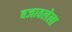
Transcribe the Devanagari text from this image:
बजावलेला